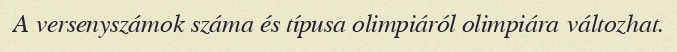
A versenyszámok száma és típusa olimpiáról olimpiára változhat.